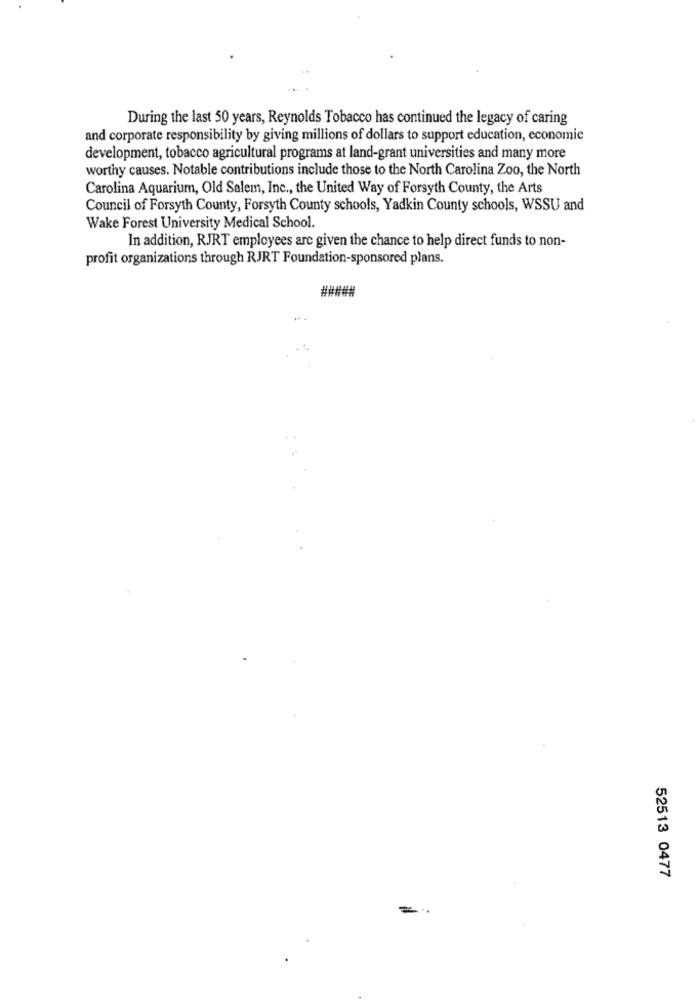
During the last 50 years, Reynolds Tobacco has continued the legacy of caring
and corporate responsibility by giving millions of dollars to support education, economic
development, tobacco agricultural programs at land-grant universities and many more
worthy causes. Notable contributions include those to the North Carolina Zoo, the North
Carolina Aquarium, Old Salem, Inc ., the United Way of Forsyth County, the Arts
Council of Forsyth County, Forsyth County schools, Yadkin County schools, WSSU and
Wake Forest University Medical School.
In addition, RJRT employees are given the chance to help direct funds to non-
profit organizations through RJRT Foundation-sponsored plans.
#####
52513 0477